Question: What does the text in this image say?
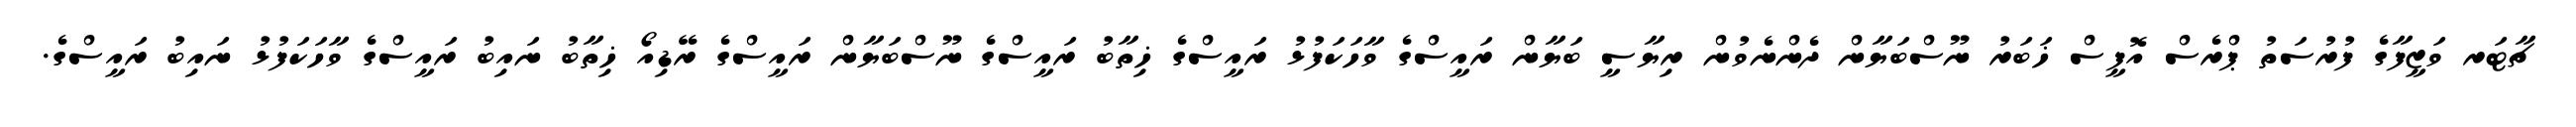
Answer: ޗާޓަރ ވަޒީފާގެ ފުރުސަތު ޕްރެސް އޮފީސް ޚަބަރު ނޫސްބަޔާން ދެންނެވުން ރިޔާސީ ބަޔާން ރައީސްގެ ވާހަކަފުޅު ރައީސްގެ ޚިތާބު ރައީސްގެ ނޫސްބަޔާން ރައީސްގެ ރޭޑިއޯ ޚިތާބު ނައިބު ރައީސްގެ ވާހަކަފުޅު ނައިބު ރައީސްގެ.